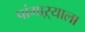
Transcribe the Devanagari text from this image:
पांगाऱ्याला